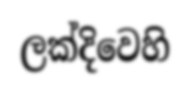
ලක්දිවෙහි